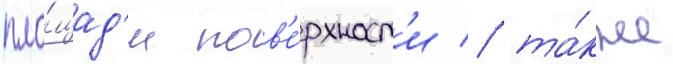
пло́щад'и пов'е́рхност'и / та́кже